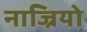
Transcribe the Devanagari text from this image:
नाज्रियो